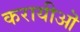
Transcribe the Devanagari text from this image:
करायीऒ